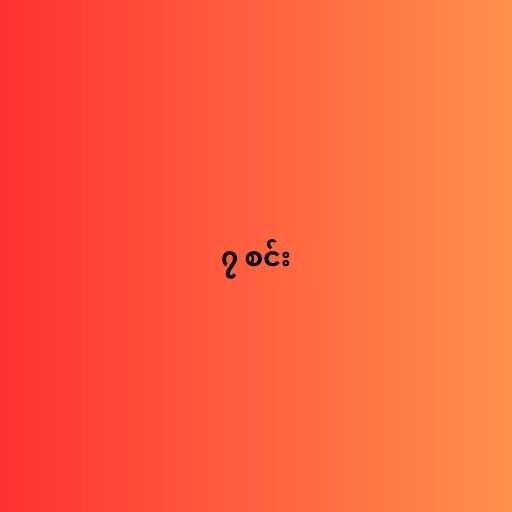
၇ စင်း